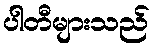
ပါတီများသည်